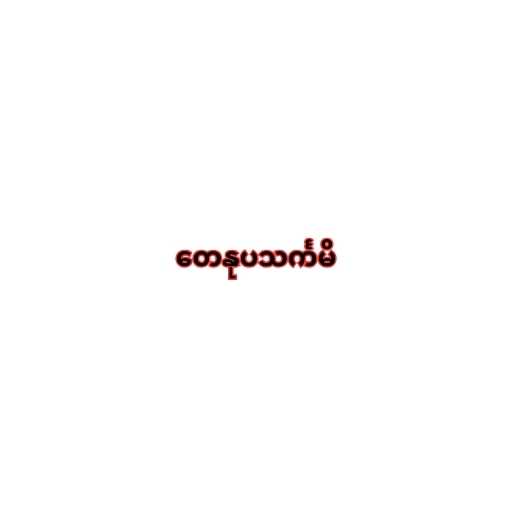
တေနုပသင်္ကမိ